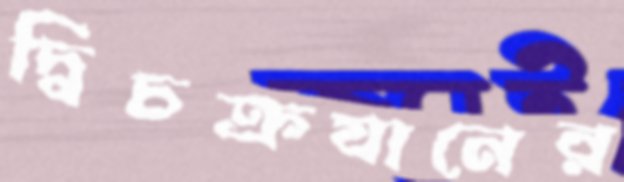
দ্বিচক্রযানের